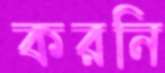
করনি